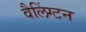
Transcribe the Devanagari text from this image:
वैलिंग्टन